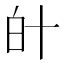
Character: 𤽁